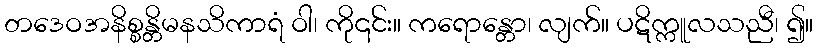
တဒေဝအနိစ္စန္တိမနသိကာရံ ဝါ၊ ကို၎င်း။ ကရောန္တော၊ လျက်။ ပဋိက္ကူလသညီ၊ ၍။